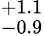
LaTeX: ^{+1.1}_{-0.9}